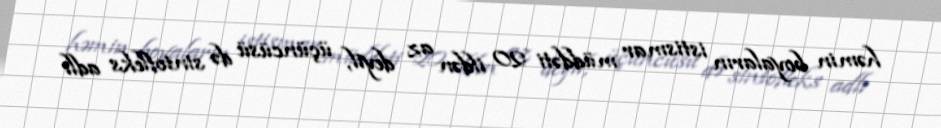
həmin boyaların istismar müddəti 20 ildən az deyil, üçüncüsü də sintofleks adlı